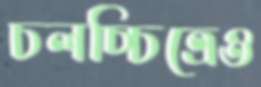
চলচ্চিত্রেও